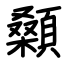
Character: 顙